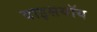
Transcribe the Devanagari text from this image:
वाइसयॉय